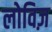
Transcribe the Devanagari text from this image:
लोविज़